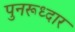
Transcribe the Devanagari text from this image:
पुनरूध्दार